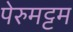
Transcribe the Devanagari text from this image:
पेरुमट्टम